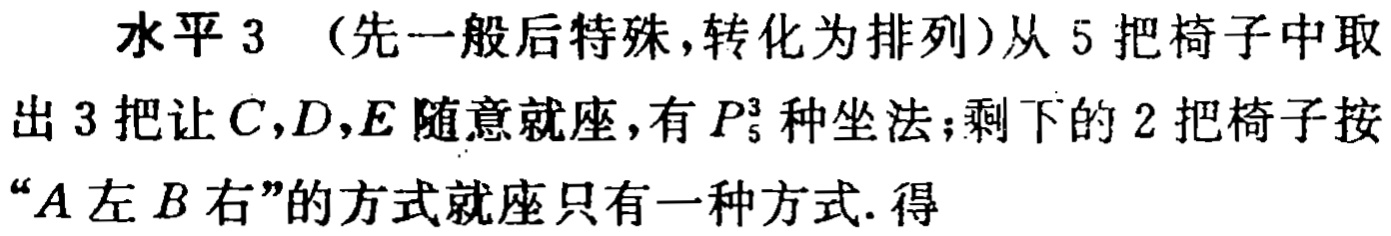
水平 3 （先一般后特殊,转化为排列）从 5 把椅子中取出 3 把让 \(C,D,E\) 随意就座，有 \(P_{5}^{3}\) 种坐法；剩下的 2 把椅子按“\(A\) 左 \(B\) 右”的方式就座只有一种方式. 得